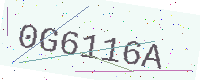
Text: 0G6116A